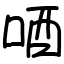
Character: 唒